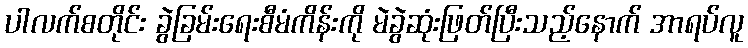
ပါလက်စတိုင်း ခွဲခြမ်းရေးစီမံကိန်းကို မဲခွဲဆုံးဖြတ်ပြီးသည့်နောက် အာရပ်လူ